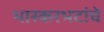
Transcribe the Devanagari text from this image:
भास्करभटांचे